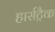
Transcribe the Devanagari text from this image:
हार्सट्रैक